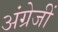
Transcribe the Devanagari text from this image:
अंग्रेजीं